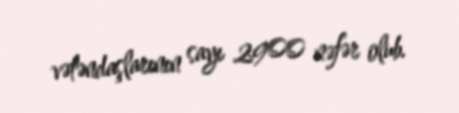
vətəndaşlarının sayı 2900 nəfər olub.